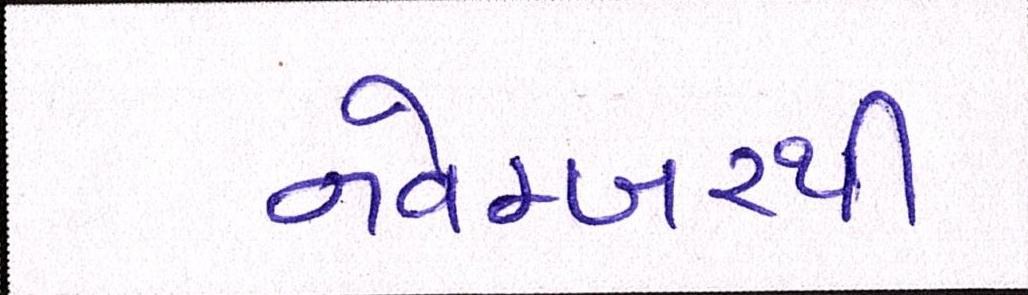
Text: નવેમ્બરથી